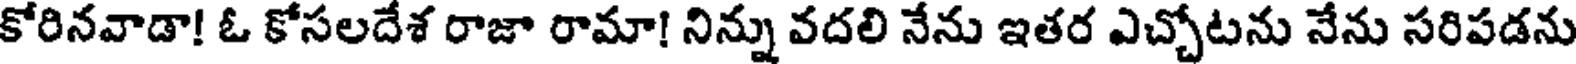
కోరినవాడా! ఓ కోసలదేశ రాజా రామా! నిన్ను వదలి నేను ఇతర ఎచ్చోటను నేను సరిపడను